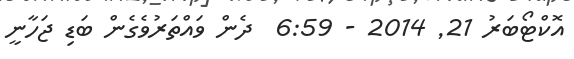
އޮކްޓޯބަރު 21